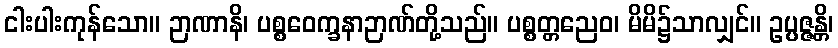
ငါးပါးကုန်သော။ ဉာဏာနိ၊ ပစ္စဝေက္ခနာဉာဏ်တို့သည်။ ပစ္စတ္တညေဝ၊ မိမိ၌သာလျှင်။ ဥပ္ပဇ္ဇန္တိ၊